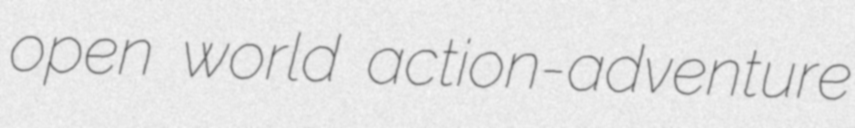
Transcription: open world action-adventure